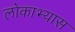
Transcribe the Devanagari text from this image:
लोकाभ्यास